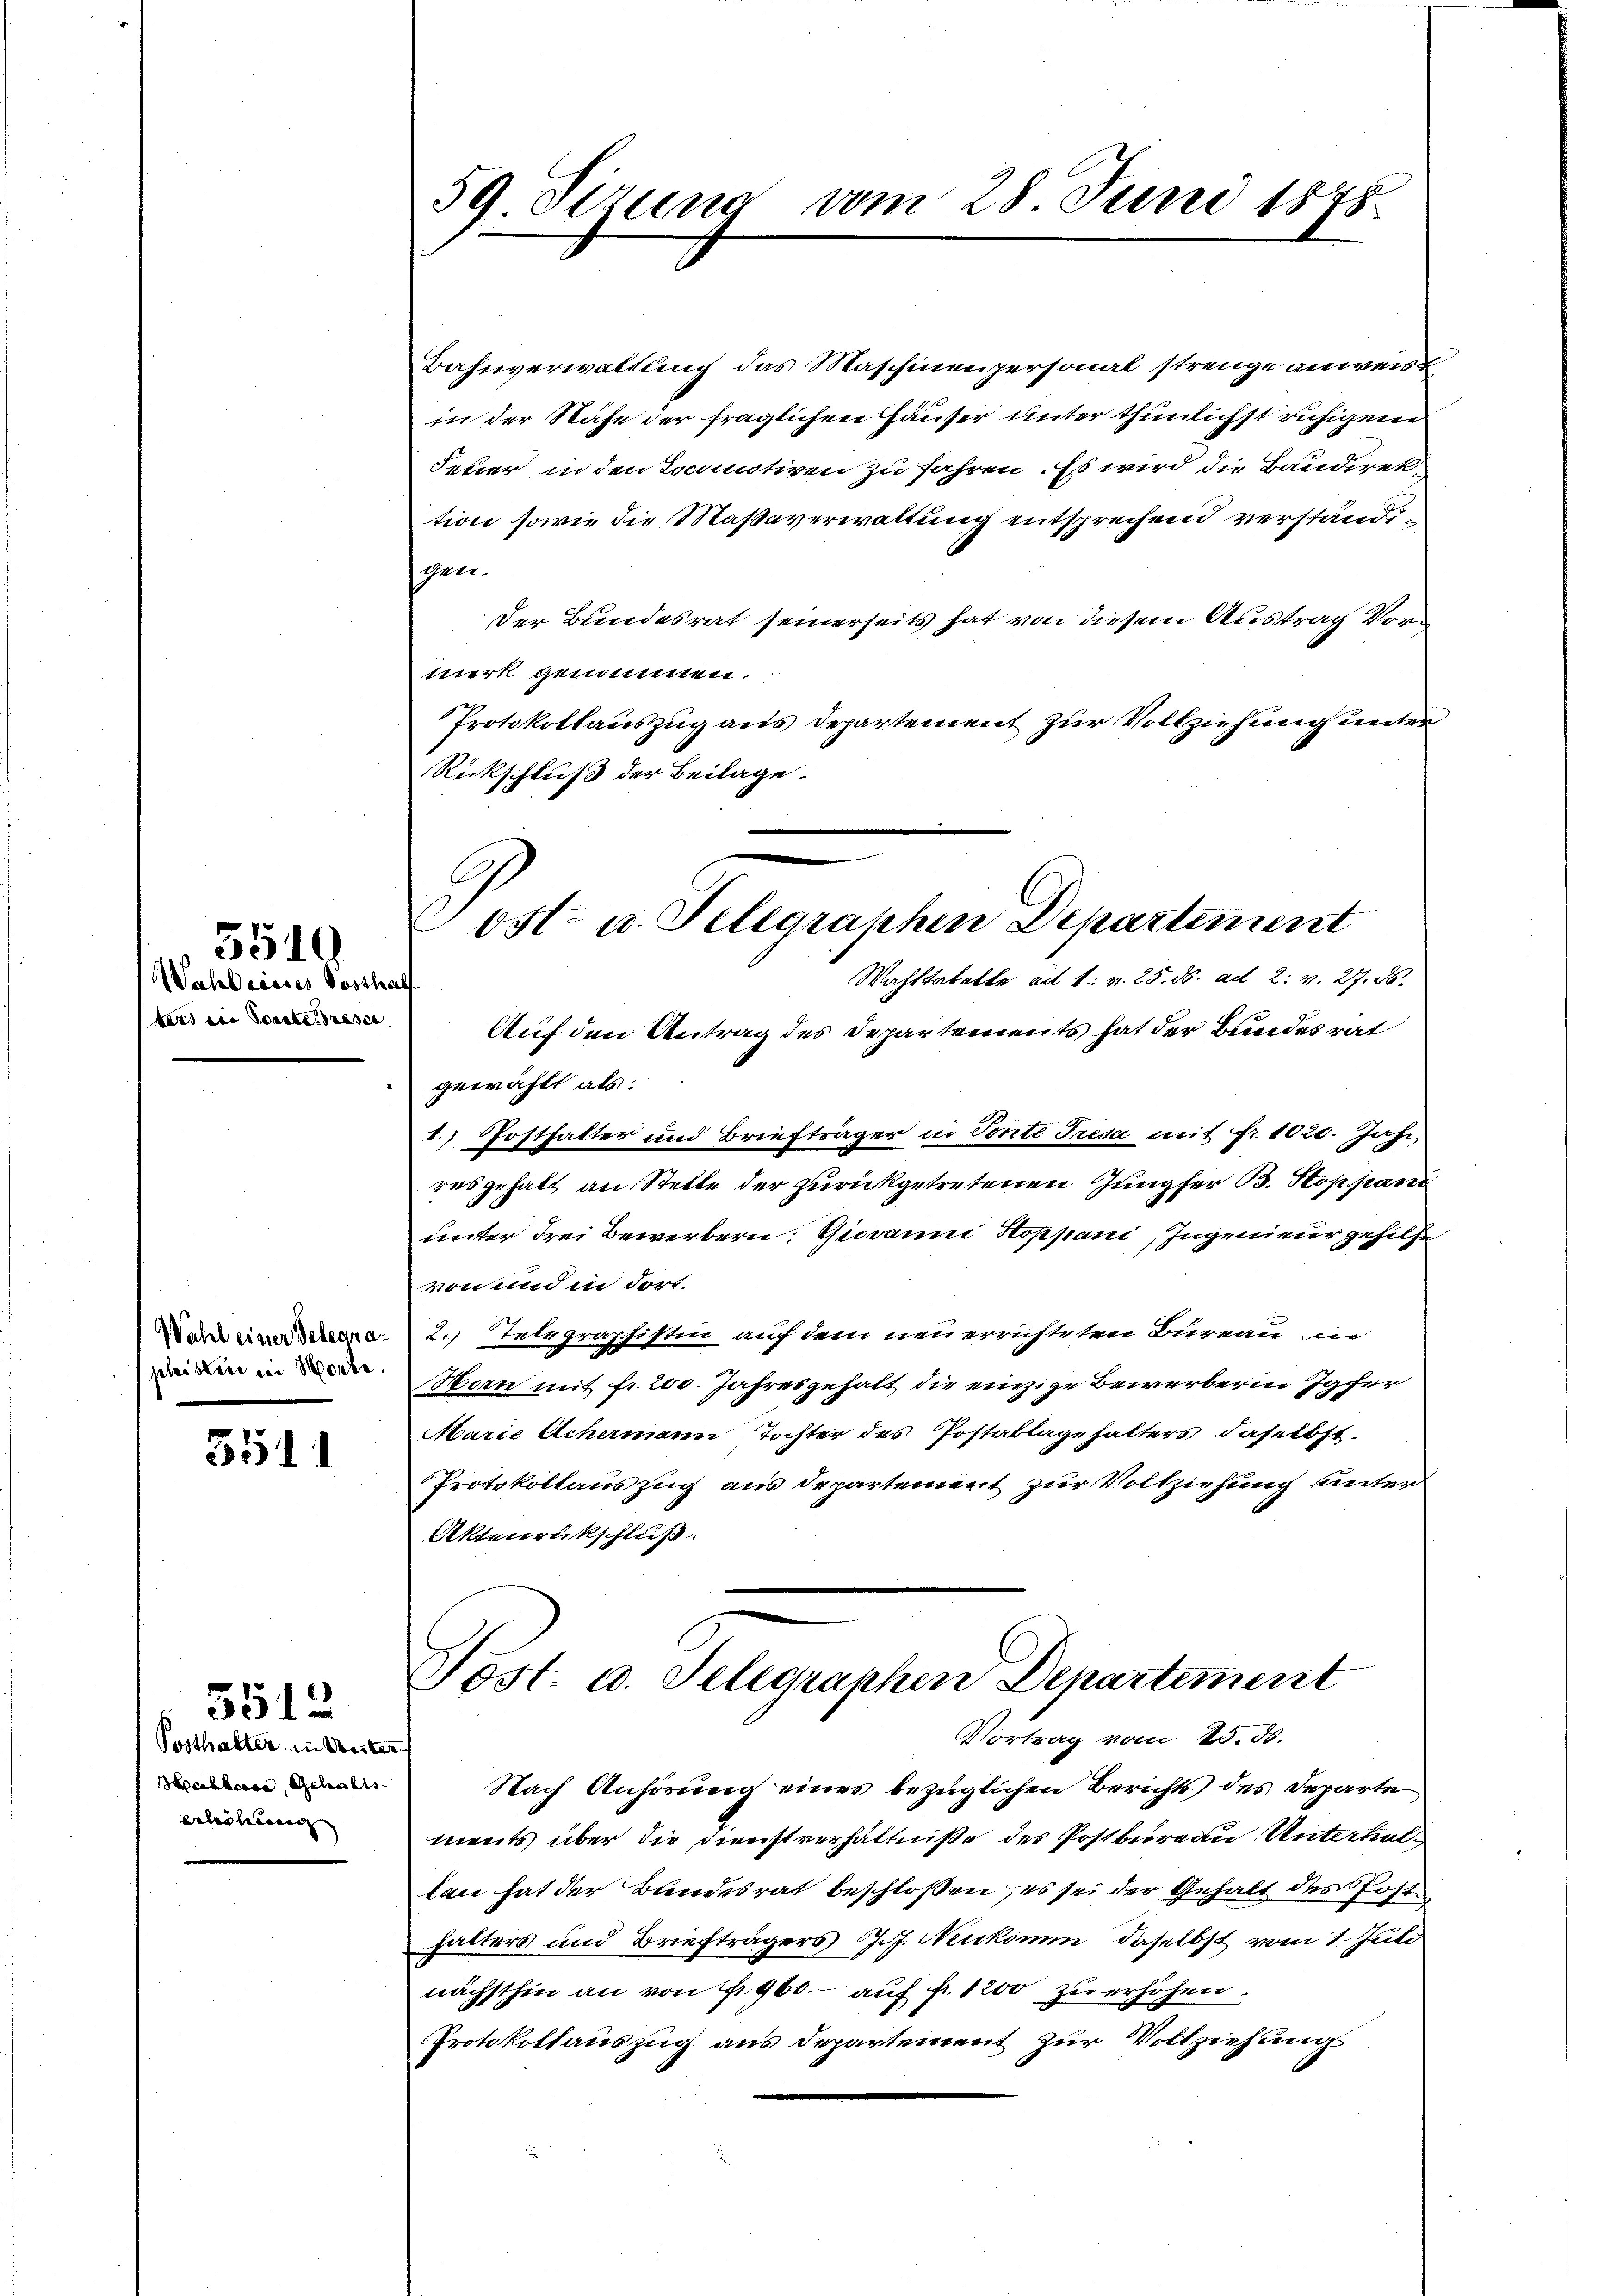
Wahl eines Posthal
ters die Sonnte reser

5510

Wahl einer Telegraphistier in Worte.

5511

Posthalter in Seiter
Halberce, Gehalts
enleiterung |

3513

Bahnverwaltung das Maschinenpersonal strenge anweist
in der Nähe der fraglichen Häuser unter thunlichst ruhigen
Feuer in den Locutiven zu fahren. Es wird die Baudirek
tion sowie die Maßaverwaltung entsprechend verständischen.
Der Bundesrat seinerseits hat von diesem Austrag Vormerk genommen.
Protokollauszug aus Departement zur Vollziehung unter
Rückschluß der Beilage.

59 Sizung vom 28 Juni 1875.

Post- u. Telegraphen Departement
Wahstabelle ad 1. v. 25. ds. ad 2. v. 27. d.
Auf den Antrag des Departements hat der Bundesrat

gewählt als:
1.) Posthalter und Briefträger in Vonte Tresa mit Fr. 1020. Jahr
resgehalt an Stelle der zurückgetretenen Jungfer B. Stoppani
unter drei Bewerbern. Giovanni Hoppani, Ingenieur gehilfe
von und in Fort-
2.) Telegraphistin auf dem neu errichteten Bureau in
Man mit fr. 200. Jahresgehalt die einzige Bewerberin Igfer
Marie Achermann Tochter des Postablagehalters daselbst.
Protokollauszug aus departement zur Vollziehung unter
Aktenrückschluß

Töst. u. Selegraphen Departement
Vortrag vom 25. ds.

i
Nach Anhörung eines bezüglichen Berichts des Departe
ments über die Dienstverhältniße des Postbureau Unterhallace hat der Bundesrat beschloßen, es sei der Gehalt des Post
halters und Briefträgers Jos. Neukomm, daselbst vom 1. Juli
nächsthin an von f. 460.- auf fr. 1200 zu erhöhen.
Protokollauszug aus Departement zur Vollziehung